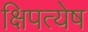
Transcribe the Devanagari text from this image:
क्षिपत्येष